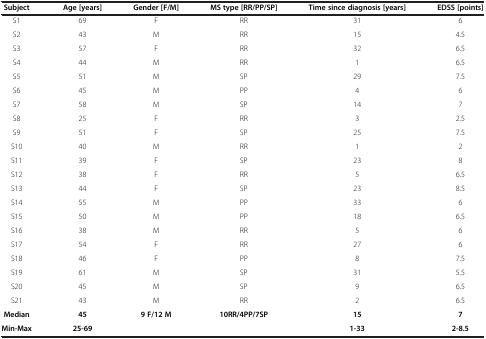
<table><thead><tr><td><b>Subject</b></td><td><b>Age [years]</b></td><td><b>Gender [F/M]</b></td><td><b>MS type [RR/PP/SP]</b></td><td><b>Time since diagnosis [years]</b></td><td><b>EDSS [points]</b></td></tr></thead><tbody><tr><td>S1</td><td>69</td><td>F</td><td>RR</td><td>31</td><td>6</td></tr><tr><td>S2</td><td>43</td><td>M</td><td>RR</td><td>15</td><td>4.5</td></tr><tr><td>S3</td><td>57</td><td>F</td><td>RR</td><td>32</td><td>6.5</td></tr><tr><td>S4</td><td>44</td><td>M</td><td>RR</td><td>1</td><td>6.5</td></tr><tr><td>S5</td><td>51</td><td>M</td><td>SP</td><td>29</td><td>7.5</td></tr><tr><td>S6</td><td>45</td><td>M</td><td>PP</td><td>4</td><td>6</td></tr><tr><td>S7</td><td>58</td><td>M</td><td>SP</td><td>14</td><td>7</td></tr><tr><td>S8</td><td>25</td><td>F</td><td>RR</td><td>3</td><td>2.5</td></tr><tr><td>S9</td><td>51</td><td>F</td><td>SP</td><td>25</td><td>7.5</td></tr><tr><td>S10</td><td>40</td><td>M</td><td>RR</td><td>1</td><td>2</td></tr><tr><td>S11</td><td>39</td><td>F</td><td>SP</td><td>23</td><td>8</td></tr><tr><td>S12</td><td>38</td><td>F</td><td>RR</td><td>5</td><td>6.5</td></tr><tr><td>S13</td><td>44</td><td>F</td><td>SP</td><td>23</td><td>8.5</td></tr><tr><td>S14</td><td>55</td><td>M</td><td>PP</td><td>33</td><td>6</td></tr><tr><td>S15</td><td>50</td><td>M</td><td>PP</td><td>18</td><td>6.5</td></tr><tr><td>S16</td><td>38</td><td>M</td><td>RR</td><td>5</td><td>6</td></tr><tr><td>S17</td><td>54</td><td>F</td><td>RR</td><td>27</td><td>6</td></tr><tr><td>S18</td><td>46</td><td>F</td><td>PP</td><td>8</td><td>7.5</td></tr><tr><td>S19</td><td>61</td><td>M</td><td>SP</td><td>31</td><td>5.5</td></tr><tr><td>S20</td><td>45</td><td>M</td><td>SP</td><td>9</td><td>6.5</td></tr><tr><td>S21</td><td>43</td><td>M</td><td>RR</td><td>2</td><td>6.5</td></tr><tr><td><b>Median</b></td><td><b>45</b></td><td><b>9 F/12 M</b></td><td><b>10RR/4PP/7SP</b></td><td><b>15</b></td><td><b>7</b></td></tr><tr><td><b>Min-Max</b></td><td><b>25-69</b></td><td> </td><td> </td><td><b>1-33</b></td><td><b>2-8.5</b></td></tr></tbody></table>